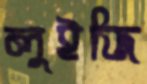
লুইজি